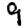
Digit: 9